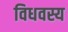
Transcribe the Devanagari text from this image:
विधवस्य